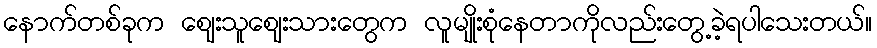
နောက်တစ်ခုက ဈေးသူဈေးသားတွေက လူမျိုးစုံနေတာကိုလည်းတွေ့ခဲ့ရပါသေးတယ်။